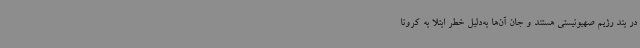
در بند رژیم صهیونیستی هستند و جان آن‌ها به‌دلیل خطر ابتلا به کرونا